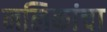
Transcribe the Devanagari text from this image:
नलिकांचा